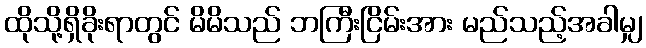
ထိုသို့ရှိခိုးရာတွင် မိမိသည် ဘကြီးငြိမ်းအား မည်သည့်အခါမျှ